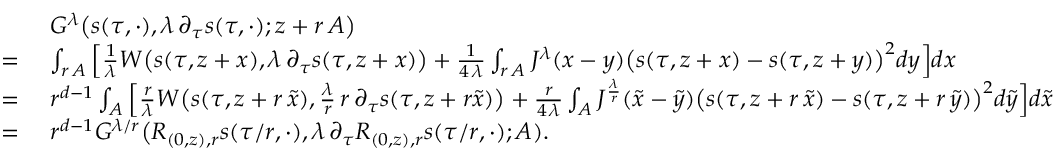
\begin{array} { r l } & { \ G ^ { \lambda } \big ( s ( \tau , \cdot ) , \lambda \, \partial _ { \tau } s ( \tau , \cdot ) ; z + r \, A \big ) } \\ { = } & { \ \int _ { r \, A } \Big [ \frac { 1 } { \lambda } W \big ( s ( \tau , z + x ) , \lambda \, \partial _ { \tau } s ( \tau , z + x ) \big ) + \frac { 1 } { 4 \, \lambda } \int _ { r \, A } J ^ { \lambda } ( x - y ) \big ( s ( \tau , z + x ) - s ( \tau , z + y ) \big ) ^ { 2 } d y \Big ] d x } \\ { = } & { \ r ^ { d - 1 } \int _ { A } \Big [ \frac { r } { \lambda } W \big ( s ( \tau , z + r \, \tilde { x } ) , \frac { \lambda } { r } \, r \, \partial _ { \tau } s ( \tau , z + r \tilde { x } ) \big ) + \frac { r } { 4 \, \lambda } \int _ { A } J ^ { \frac { \lambda } { r } } ( \tilde { x } - \tilde { y } ) \big ( s ( \tau , z + r \, \tilde { x } ) - s ( \tau , z + r \, \tilde { y } ) \big ) ^ { 2 } d \tilde { y } \Big ] d \tilde { x } } \\ { = } & { \ r ^ { d - 1 } G ^ { \lambda / r } \big ( R _ { ( 0 , z ) , r } s ( \tau / r , \cdot ) , \lambda \, \partial _ { \tau } R _ { ( 0 , z ) , r } s ( \tau / r , \cdot ) ; A ) . } \end{array}